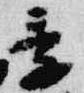
季